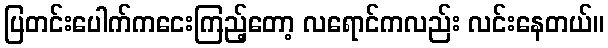
ပြတင်းပေါက်ကငေးကြည့်တော့ လရောင်ကလည်း လင်းနေတယ်။